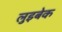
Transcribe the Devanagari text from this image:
लुइबेक